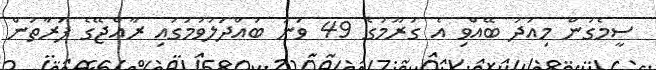
ސީމެގުން މިއަދު ބޭއްވި އެ ގުރޫމުގެ 49 ވަނަ ބައްދަލުވުމުގައި ރާއްޖޭގެ ފަރާތުން